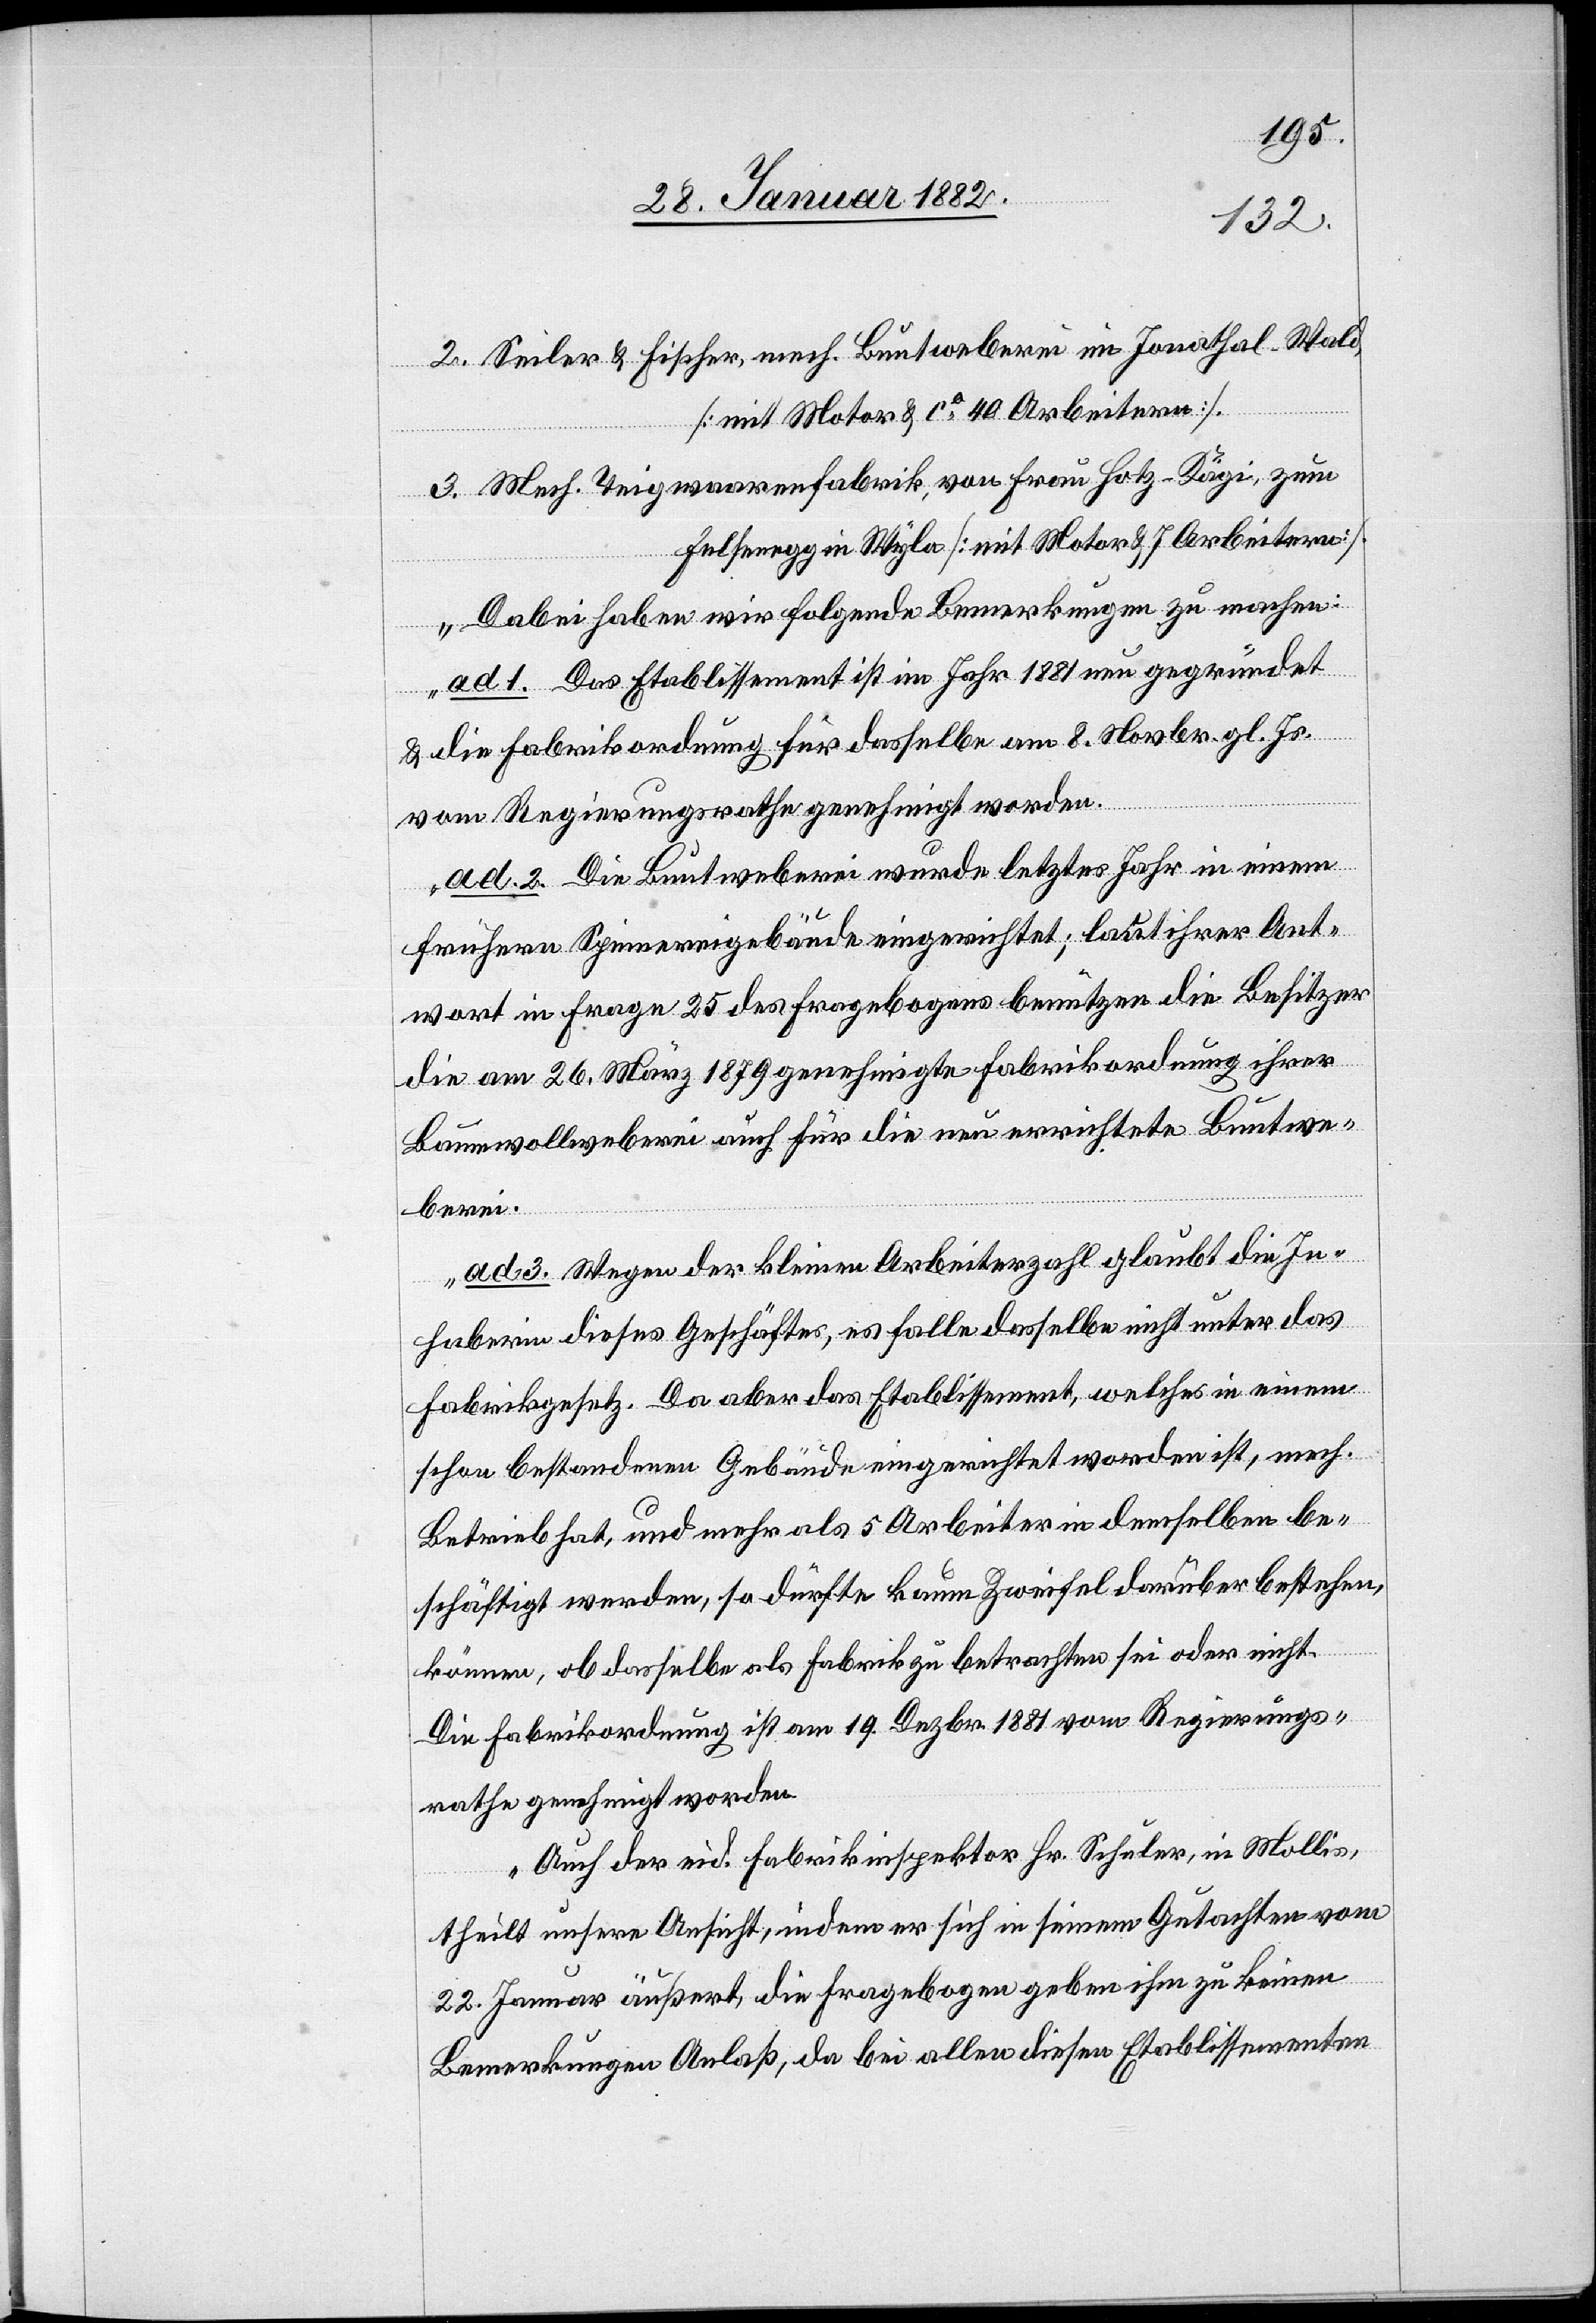
2. Seiler & Fischer, mech. Buntweberei im Jonathal - Wald,
[mit Motor & ca 40 Arbeitern].
3. Mech. Teigwaarenfabrik, von Frau Hotz-Kägi, zum
Felsernegg in Wyla [mit Motor & 7 Arbeitern].
Dabei haben wir folgende Bemerkungen zu machen:
ad 1. Das Etablissement ist im Jahr 1881 neu gegründet
& die Fabrikordnung für dasselbe am 8. Novbr. gl. Js.
vom Regierungsrathe genehmigt worden.
ad 2. Die Buntweberei wurde letztes Jahr in einem
frühern Spinnereigebäude eingerichtet; laut ihrer Ant¬
wort in Frage 25 des Fragebogens benützen die Besitzer
die am 26. März 1879 genehmigte Fabrikordnung ihrer
Baumwollweberei auch für die neu errichtet Buntwe¬
berei.
ad 3. Wegen der kleinen Arbeiterzahl glaubt die In¬
haberin dieses Geschäftes, es falle dasselbe nicht unter das
Fabrikgesetz. Da aber das Etablissement, welches in einem
schon bestehenden Gebäude eingerichtet worden ist, mech.
Betrieb hat , und mehr als 5 Arbeiter in demselben be¬
schäftigt werden, so dürfte kaum Zweifel darüber bestehen
können, ob dasselbe als Fabrik zu betrachten sei oder nicht.
Die Fabrikordnung ist am 19. Dezbr. 1881 vom Regierungs¬
rath genehmigt worden.
Auch der eid. Fabrikinspektor Hr. Schuler, in Mollis,
theilt unsere Ansicht, indem er sich in seinem Gutachten vom
22. Januar äußert, die Fragebogen geben ihm zu keinen
Bemerkungen Anlaß, da bei allen diesen Etablissementen